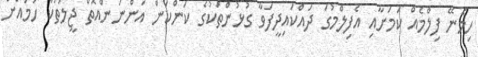
ހިމެނޭ ފިލްމެއް ކަމަށާއި އެފިލްމުގަ ދައްކައިދީފަވާ ގުޅުންތަކުގެ ކަންކަން އަންނަންއޮތް ޖީލުތަކާ ހަމައަށް